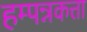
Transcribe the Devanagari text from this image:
हम्पन्नकत्ता